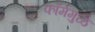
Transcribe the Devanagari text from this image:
फॉर्ममुळे